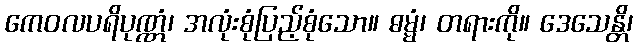
ကေဝလပရိပုဏ္ဏံ၊ အလုံးစုံပြည့်စုံသော။ ဓမ္မံ၊ တရားကို။ ဒေသေန္တိ၊